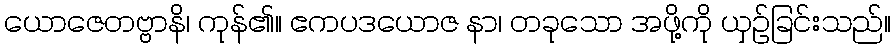
ယောဇေတဗ္ဗာနိ၊ ကုန်၏။ ဧကပဒယောဇ နာ၊ တခုသော အဖို့ကို ယှဉ်ခြင်းသည်။